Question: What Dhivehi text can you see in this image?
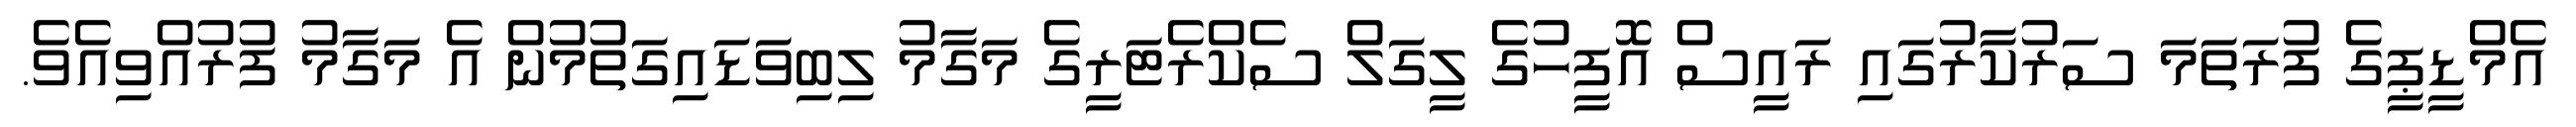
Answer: އެމްޑީޕީގެ ފުރަތަމަ ސަރުކާރުގައި ރައީސް އޮފީހުގެ ލީގަލް ސެކްރެޓަރީގެ މަގާމު ލިބިވަޑައިގަތުމުން އެ މަގާމު ފުރުއްވިއެވެ.